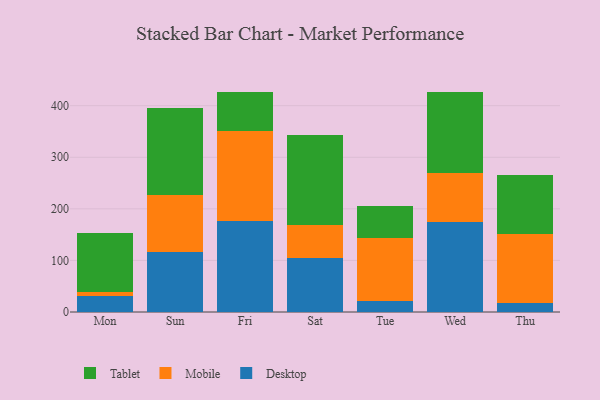
{"axis": {"x": "Day", "y": "Inventory Turnover"}, "legend": ["Desktop", "Mobile", "Tablet"], "data": [{"x": "Mon", "y": 31.0, "type": "Desktop"}, {"x": "Mon", "y": 7.1, "type": "Mobile"}, {"x": "Mon", "y": 114.7, "type": "Tablet"}, {"x": "Sun", "y": 115.5, "type": "Desktop"}, {"x": "Sun", "y": 110.4, "type": "Mobile"}, {"x": "Sun", "y": 170.1, "type": "Tablet"}, {"x": "Fri", "y": 175.5, "type": "Desktop"}, {"x": "Fri", "y": 175.2, "type": "Mobile"}, {"x": "Fri", "y": 75.9, "type": "Tablet"}, {"x": "Sat", "y": 104.6, "type": "Desktop"}, {"x": "Sat", "y": 63.9, "type": "Mobile"}, {"x": "Sat", "y": 175.2, "type": "Tablet"}, {"x": "Tue", "y": 21.3, "type": "Desktop"}, {"x": "Tue", "y": 123.1, "type": "Mobile"}, {"x": "Tue", "y": 60.2, "type": "Tablet"}, {"x": "Wed", "y": 173.9, "type": "Desktop"}, {"x": "Wed", "y": 94.7, "type": "Mobile"}, {"x": "Wed", "y": 158.7, "type": "Tablet"}, {"x": "Thu", "y": 17.1, "type": "Desktop"}, {"x": "Thu", "y": 134.6, "type": "Mobile"}, {"x": "Thu", "y": 113.0, "type": "Tablet"}]}